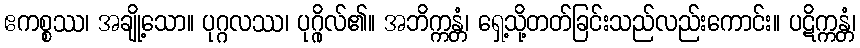
ဧကစ္စဿ၊ အချို့သော။ ပုဂ္ဂလဿ၊ ပုဂ္ဂိုလ်၏။ အဘိက္ကန္တံ၊ ရှေ့သို့တတ်ခြင်းသည်လည်းကောင်း။ ပဋိက္ကန္တံ၊